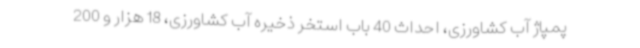
پمپاژ آب کشاورزی، احداث 40 باب استخر ذخیره آب کشاورزی، 18 هزار و 200